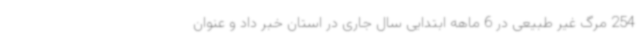
254 مرگ غیر طبیعی در 6 ماهه ابتدایی سال جاری در استان خبر داد و عنوان